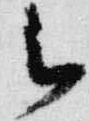
被